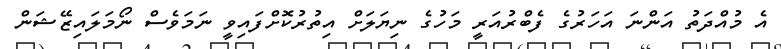
އެ މުއްދަތު އަންނަ އަހަރުގެ ފެބްރުއަރީ މަހުގެ ނިޔަލަށް އިތުރުކޮށްފައިވީ ނަމަވެސް ނޯމަލައިޒޭޝަން